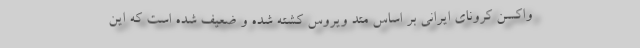
واکسن کرونای ایرانی بر اساس متد ویروس کشته شده و ضعیف شده است که این